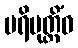
ပရိမုတ္တိံဝ